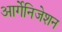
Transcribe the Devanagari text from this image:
आर्गेनिजेशन